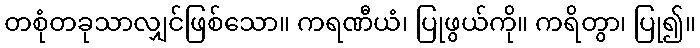
တစုံတခုသာလျှင်ဖြစ်သော။ ကရဏီယံ၊ ပြုဖွယ်ကို။ ကရိတွာ၊ ပြု၍။